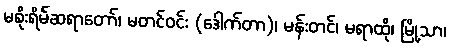
မစိုးရိမ်ဆရာတော်၊ မတင်ဝင်း (ဒေါက်တာ)၊ မန်းတင်၊ မရာထို၊ မြို့သာ၊